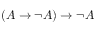
( A \to \lnot A ) \to \lnot A